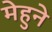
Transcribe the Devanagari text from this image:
मेहुने